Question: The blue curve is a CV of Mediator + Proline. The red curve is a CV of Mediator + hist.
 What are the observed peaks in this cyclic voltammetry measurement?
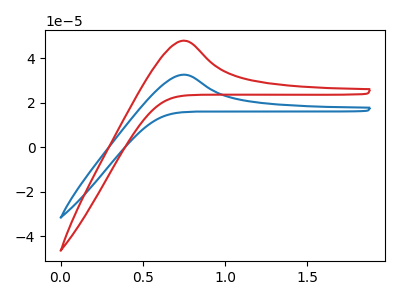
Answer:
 <answer>The blue curve "Mediator + Proline" has an anodic peak at: (0.75V, 32.55uA). The red curve "Mediator + hist" has an anodic peak at: (0.75V, 47.80uA).</answer>
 <eval></eval>